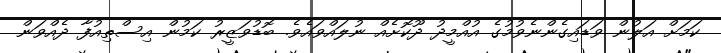
ކަމަށް އަލުން ވަޑައިގެންނެވުމުގެ އުއްމީދު ދޫކޮށެއް ނުލައްވައެވެ. ބޮޑުވަޒީރު ކަމުން އިސްތިއުފާ ދެއްވަން